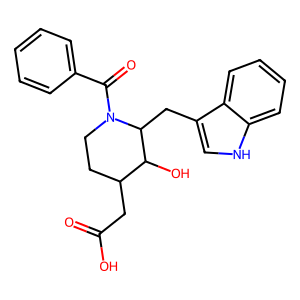
SMILES: O=C(O)CC1CCN(C(=O)c2ccccc2)C(Cc2c[nH]c3ccccc23)C1O
Inhibits HIV replication: No